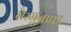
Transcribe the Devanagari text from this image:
गैरमुनाफा